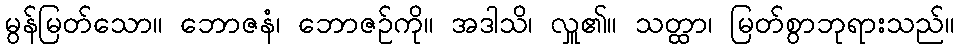
မွန်မြတ်သော။ ဘောဇနံ၊ ဘောဇဉ်ကို။ အဒါသိ၊ လှူ၏။ သတ္ထာ၊ မြတ်စွာဘုရားသည်။